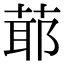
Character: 𦳃